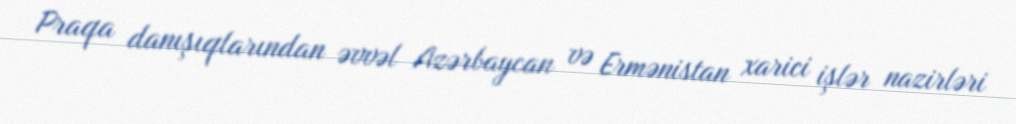
Praqa danışıqlarından əvvəl Azərbaycan və Ermənistan xarici işlər nazirləri